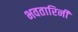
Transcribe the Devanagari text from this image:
भवतारिनी